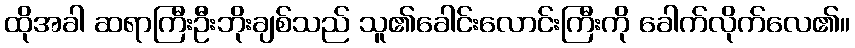
ထိုအခါ ဆရာကြီးဦးဘိုးချစ်သည် သူ၏ခေါင်းလောင်းကြီးကို ခေါက်လိုက်လေ၏။